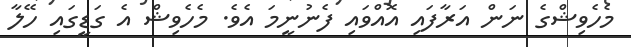
މެހެވިޝްގެ ނަން އަރާފައި އޮއްވައި ފެނުނީމަ އެވެ. މެހެވިޝް އެ ގަޑީގައި ހޭލާ